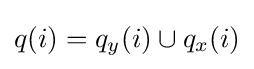
q(i)=q_{y}(i)\cup q_{x}(i)